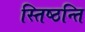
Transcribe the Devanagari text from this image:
स्तिष्ठन्ति